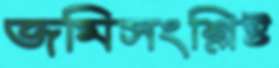
জমিসংশ্লিষ্ট